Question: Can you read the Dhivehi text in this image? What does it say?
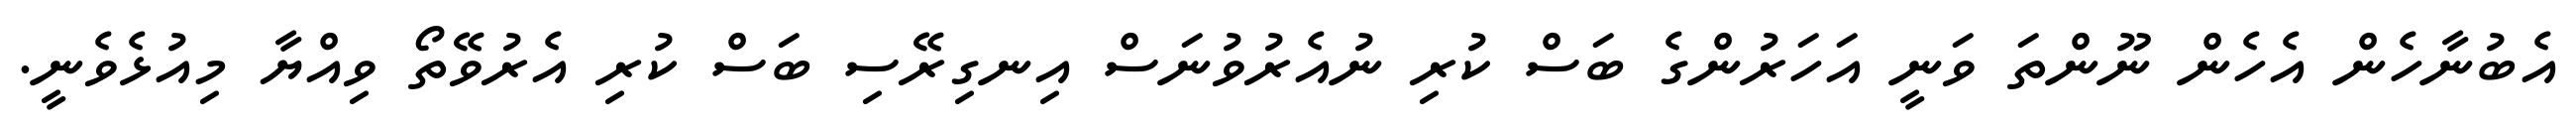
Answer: އެބުނާހެން އެހެން ނޫންތަ ވަނީ އަހަރުންގެ ބަސް ކުރި ނުއެރުވުނަސް އިނގިރޭސި ބަސް ކުރި އެރުވޭތޯ ވިއްޔާ މިއުޅެވެނީ.